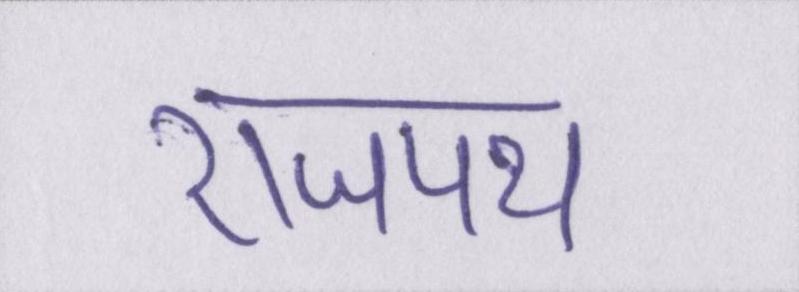
राजपथ